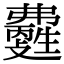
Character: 𤯽